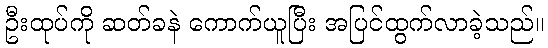
ဦးထုပ်ကို ဆတ်ခနဲ ကောက်ယူပြီး အပြင်ထွက်လာခဲ့သည်။